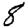
Digit: 8